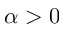
\alpha > 0